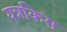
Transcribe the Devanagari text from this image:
यन्नकिस